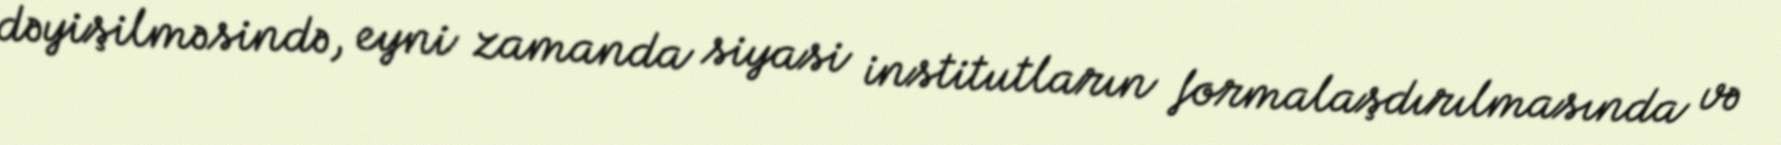
dəyişilməsində, eyni zamanda siyasi institutların formalaşdırılmasında və